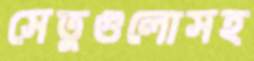
সেতুগুলোসহ